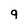
Character: q